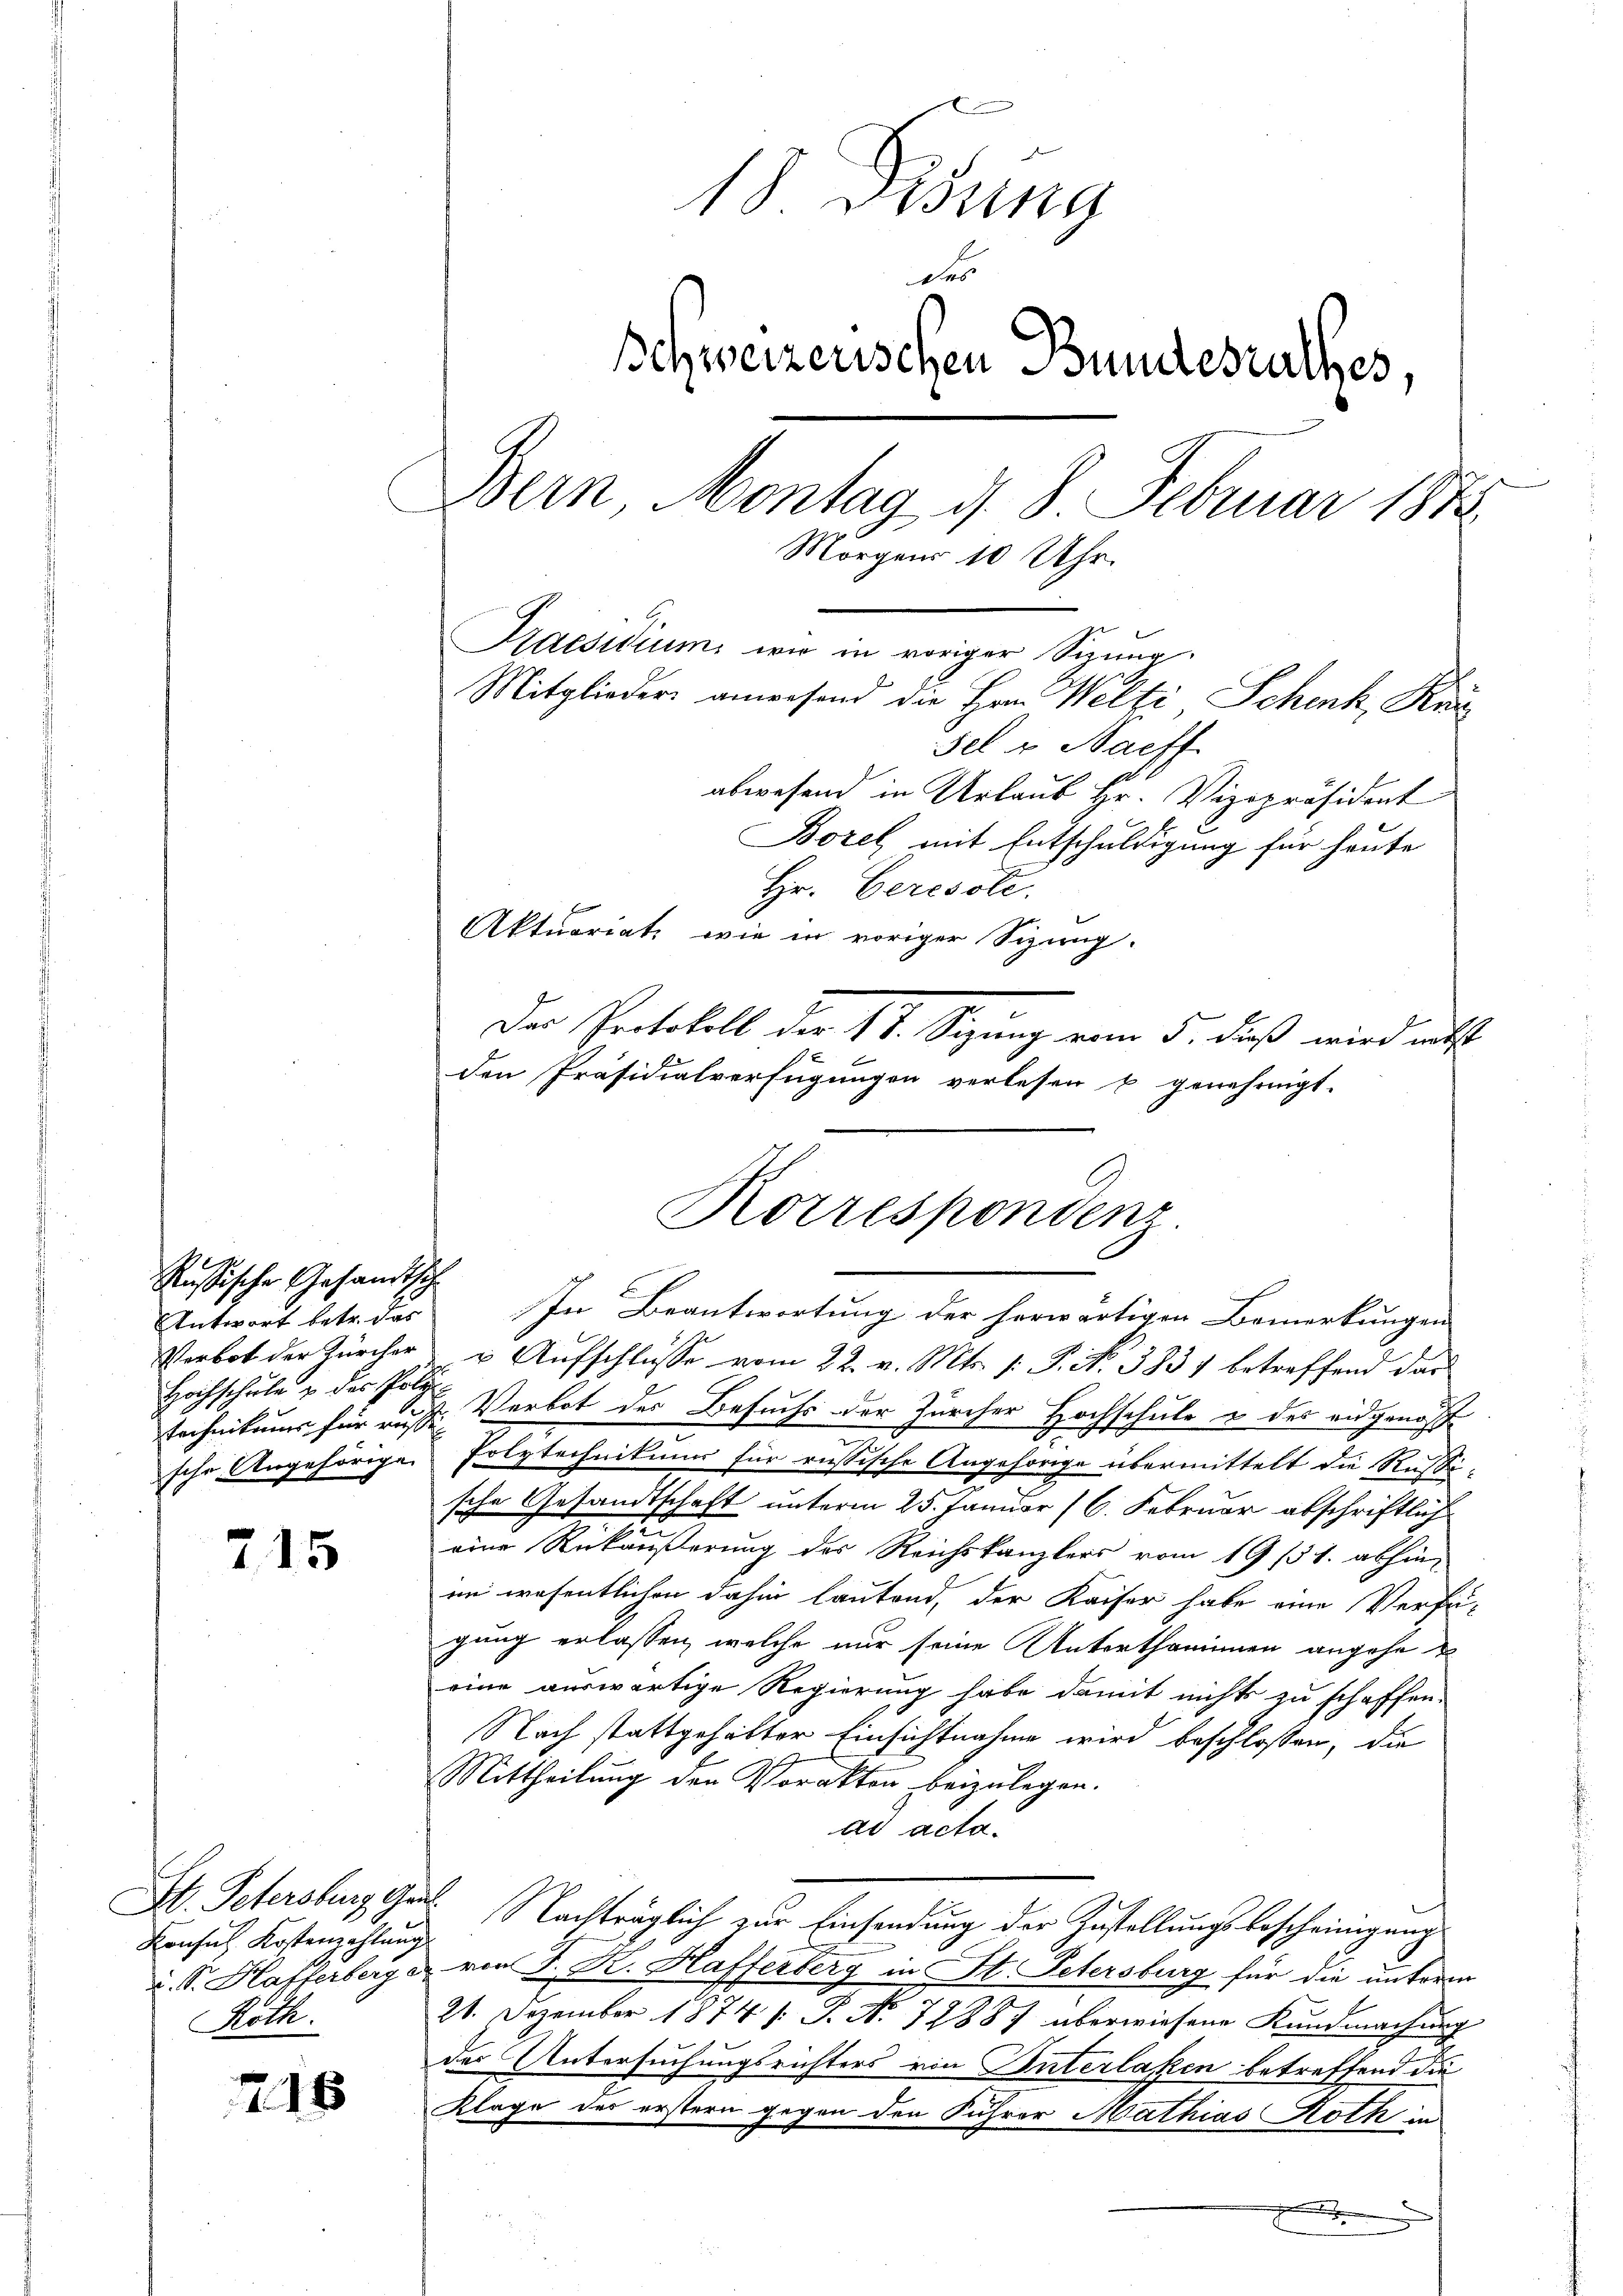
Russische Gesandtsch
Verbot der Zürcher
Hochschule u. des Polysche Angehörige

715

Konsul Kostenzahlung
Roth.

218

18 Visung
des
Schweizerischen Bundesrathes,
Bern Montag, d. 8. Februar 188
Morgens 10
Uhr
Praesidium wie in voriger Sitzung.
Mitglieder anwesend die Hrn. Welti Schenk, Kan
sel v. Saeff.
abwesend in Urlaub Hr. Vizepräsident
Borel mit Entschuldigung für heute

u Aufschlüsse vom 22. v. Mts. 1: P. Nr. 383 betreffend dar
technikums für auf Verbot des Besuchs der Zürcher Hochschule & des eidgenos
Polytechnikums für russische Angehörde übermittelt die Rußische Gesandtschaft unterm 25. Januar (6. Februar abschriftlich
eine Rückäußerung des Reichskanzlers vom 19/51. abhin-
im wesentlichen dahin lautend, der Kaiser habe eine Verfü-
gung erlassen, welche nur seine Unterthaminen angehe
eine auswärtige Regierung habe damit nichts zu schaffen.
Nach stattgehalter Einsichtnahme wird beschlossen, die
Mittheilung den Vorakten beizulegen.
ad acta.
St. Petersburg Gr. Nachträglich zur Einsendung der Zustellungsbescheinigung
u. S. Hofferberg u. von J. R. Hafferberg in St. Petersburg für die unterm
21. Dezember 1874 /: P. Nr. 72887 überwiesene Kundmachung
der Untersuchungsrichters von Interlaken betreffend die
Klage der erstern gegen den Führer Mathias Roth in
x

Hr. Ceresste.
Aktuariats wie in voriger Sizung.
Der Protokoll der 17. Segung vom 5. dieß wird nit
den Präsidialverfügungen verlesen u genehmigt.

Korrespondenz
Antwort betr. das In Beantwortung der herwärtigen Bemerkungen